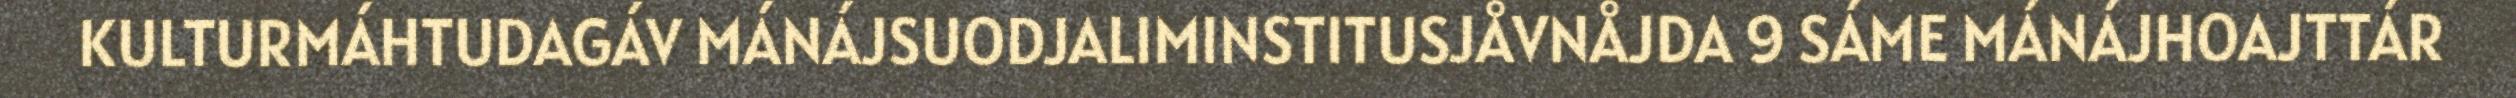
KULTURMÁHTUDAGÁV MÁNÁJSUODJALIMINSTITUSJÅVNÅJDA 9 SÁME MÁNÁJHOAJTTÁR